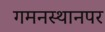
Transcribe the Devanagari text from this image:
गमनस्थानपर